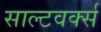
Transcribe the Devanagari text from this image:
साल्टवर्क्स